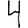
Digit: 4